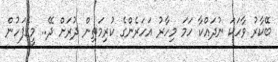
ބޭކާރު ވާހަކަ ނުދައްކާ ހަމަ މިހާރު އަހަރެންގެ ކުރިމަތިން ދުރަށް ދޭ.. މީގެފަހުން